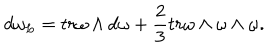
d \omega _ { L } = t r \omega \wedge d \omega + \frac { 2 } { 3 } t r \omega \wedge \omega \wedge \omega .